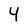
Character: 4